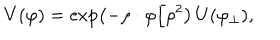
V ( \varphi ) = \exp \left( - \rho \cdot \varphi / \rho ^ { 2 } \right) \, U ( \varphi _ { \perp } ) ,